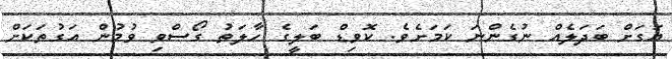
އަގަށް ބަދަލެއް ނުގެންނަ ކަމަށެވެ. ކޮވިޑް ބަލީގެ ހާލަތު ގޯސްވި ވުމުން އަގުތަކަށް